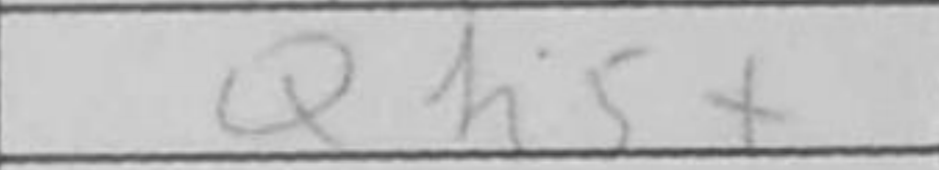
Transcription: Qh5+